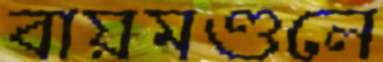
বায়মণ্ডলে